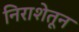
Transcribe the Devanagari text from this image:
निराशेतून